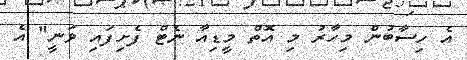
އެ ހިސާބުން މިހާރު މި އޮތް މީޑިއާ ނެޓް ފެށިފައި ވަނީ" އެ